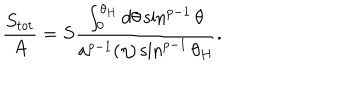
{ \frac { S _ { t o t } } { A } } = S { \frac { \int _ { 0 } ^ { \theta _ { H } } d \theta \sin ^ { p - 1 } \theta } { a ^ { p - 1 } ( \eta ) \sin ^ { p - 1 } \theta _ { H } } } .